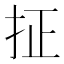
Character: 𪭤